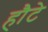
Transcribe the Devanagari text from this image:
हौटे